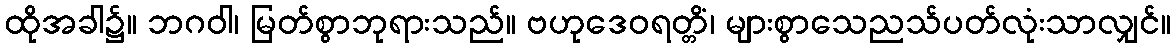
ထိုအခါ၌။ ဘဂဝါ၊ မြတ်စွာဘုရားသည်။ ဗဟုဒေဝရတ္တိံ၊ များစွာသေညသ်ပတ်လုံးသာလျှင်။